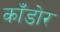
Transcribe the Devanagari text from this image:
काँडोर